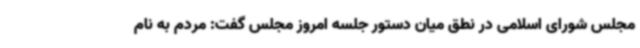
مجلس شورای اسلامی در نطق میان دستور جلسه امروز مجلس گفت: مردم به نام